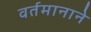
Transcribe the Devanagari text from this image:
वर्तमानाने